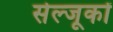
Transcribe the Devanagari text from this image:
सेल्जूकों